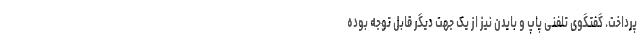
پرداخت. گفتگوی تلفنی پاپ و بایدن نیز از یک جهت دیگر قابل توجه بوده